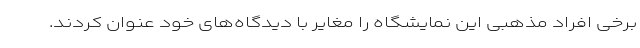
برخی افراد مذهبی این نمایشگاه را مغایر با دیدگاه‌های خود عنوان کردند.